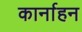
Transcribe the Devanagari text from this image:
कार्नाहन